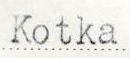
Kotka